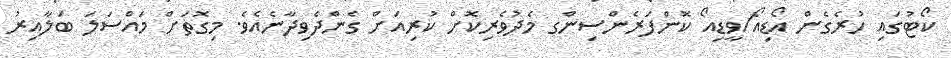
ކޯޓުގައި ހުރެގެން އޯޑިއޯ/ވީޑިއޯ ކޮންފަރެންސިންގ މެދުވެރިކޮށް ކުރިއަށް ގެންދެވިދާނެއެވެ. މިގޮތަށް މައްސަލަ ބަލާއިރު